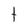
Character: t